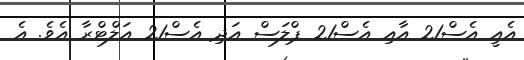
އެއީ އެސް21 އާއި އެސް21 ޕްލަސް އަދި އެސް21 އަލްޓްރާ އެވެ. އެ